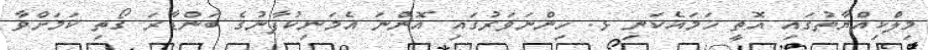
މިލްކިއްޔާތުގައި އޮތީ ހަމައެކަނި ޅ. ހިންނަވަރުގައި އޮންނަ އެމަނިކުފާނުގެ ބަންޑާރަ ގޯތި ކަމަށްވާ